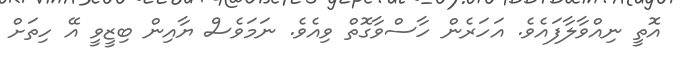
އޮތީ ނިއްވާލާފައެވެ. އަހަރެން ހާސްވާގޮތް ވިއެވެ. ނަމަވެސް ޔާއިން ބިޒީވީ އޭ ހިތަށް